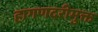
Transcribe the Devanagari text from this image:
हागणदरीमुक्त